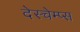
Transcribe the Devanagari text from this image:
देस्चेम्प्स